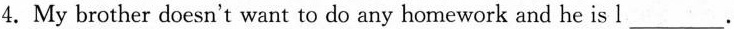
4.My brother doesn't want to do any homework and he is l ___.